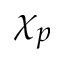
\chi _ { p }